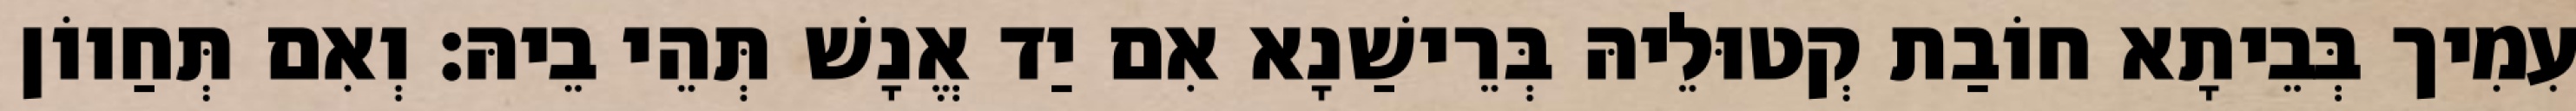
עִמִיך בְּבֵיתָא חוֹבַת קְטוּלֵיהּ בְּרֵישַׁנָא אִם יַד אֱנָשׁ תְּהֵי בֵיהּ׃ וְאִם תְּחַווֹן